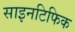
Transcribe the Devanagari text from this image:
साइनटिफिक